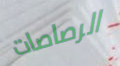
الرصاصات